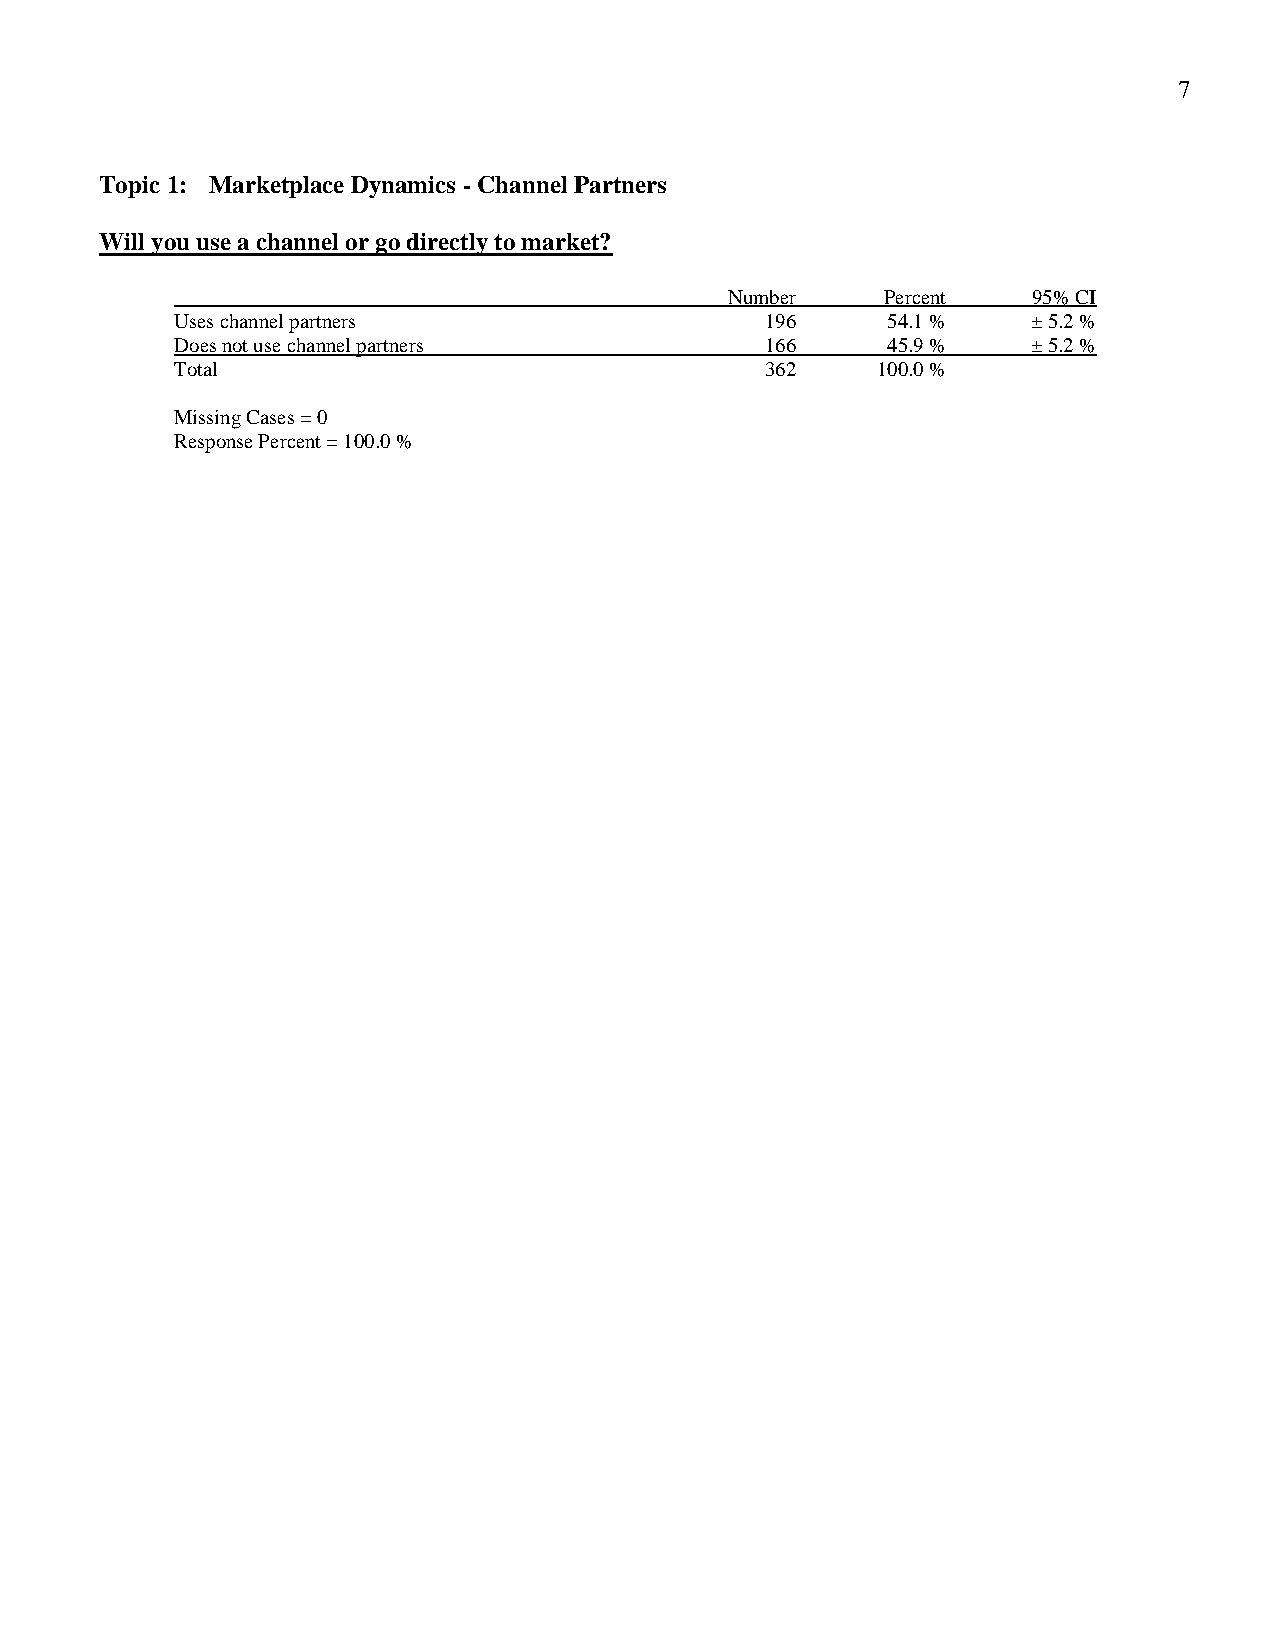
7
 Topic 1: Marketplace Dynamics - Channel Partners
 Will you use a channel or go directly to market?
 Number     Percent  95% CI
 Uses channel partners                  196     54.1 %   ± 5.2 %
 Does not use channel partners          166     45.9 %   ± 5.2 %
 Total                                  362    100.0 %
 Missing Cases = 0
 Response Percent = 100.0 %